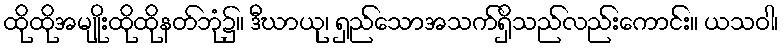
ထိုထိုအမျိုးထိုထိုနတ်ဘုံ၌။ ဒီဃာယု၊ ရှည်သောအသက်ရှိသည်လည်းကောင်း။ ယသဝါ၊